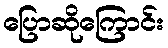
ပြောဆိုကြောင်း